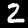
Digit: 2